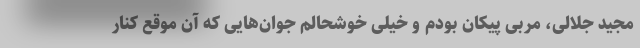
مجید جلالی، مربی پیکان بودم و خیلی خوشحالم جوان‌هایی که آن موقع کنار